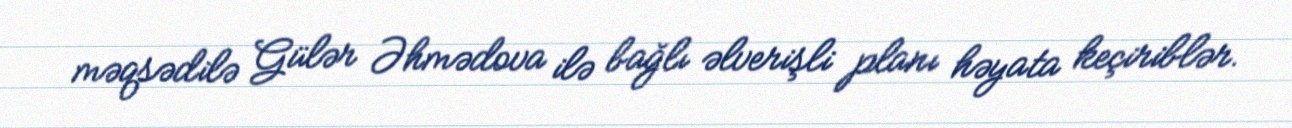
məqsədilə Gülər Əhmədova ilə bağlı əlverişli planı həyata keçiriblər.